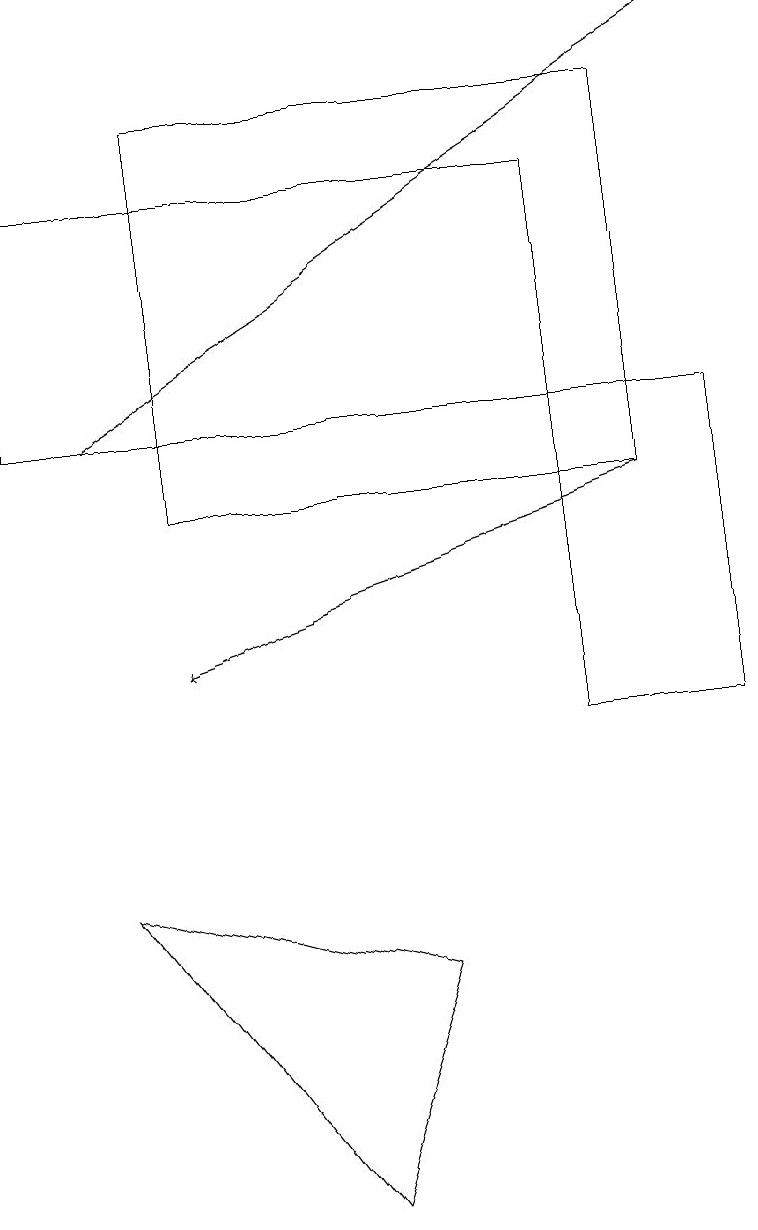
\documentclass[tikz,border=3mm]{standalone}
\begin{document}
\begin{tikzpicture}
\draw[->] (8,13) -- (2,11);
\draw (2,13) rectangle (8,18);
\draw (4,4) -- (1,8) -- (5,7) -- cycle;
\draw (7,10) rectangle (9,14);
\draw (7,17) rectangle (0,14);
\draw[->] (1,14) -- (9,19);
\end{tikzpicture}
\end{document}